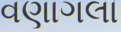
વણાગલા